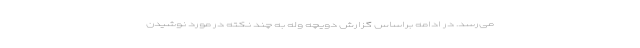
می‌رسد. در ادامه براساس گزارش دویچه وله به چند نکته در مورد نوشیدن